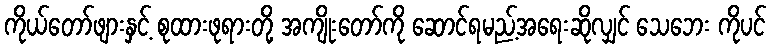
ကိုယ်တော်ဖျားနှင့် စုထားဖုရားတို့ အကျိုးတော်ကို ဆောင်ရမည့်အရေးဆိုလျှင် သေဘေး ကိုပင်